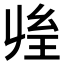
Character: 𰏱